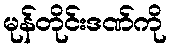
မုန်တိုင်းဒဏ်ကို